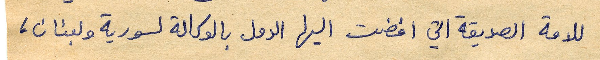
للامة الصديقة التي افضت اليها الدول بالوكالة لسورية ولبنان،